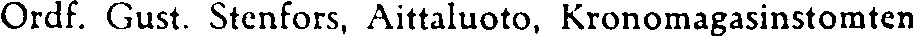
Ordf. Gust. Stenfors, Aittaluoto, Kronomagasinstomten